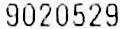
9020529